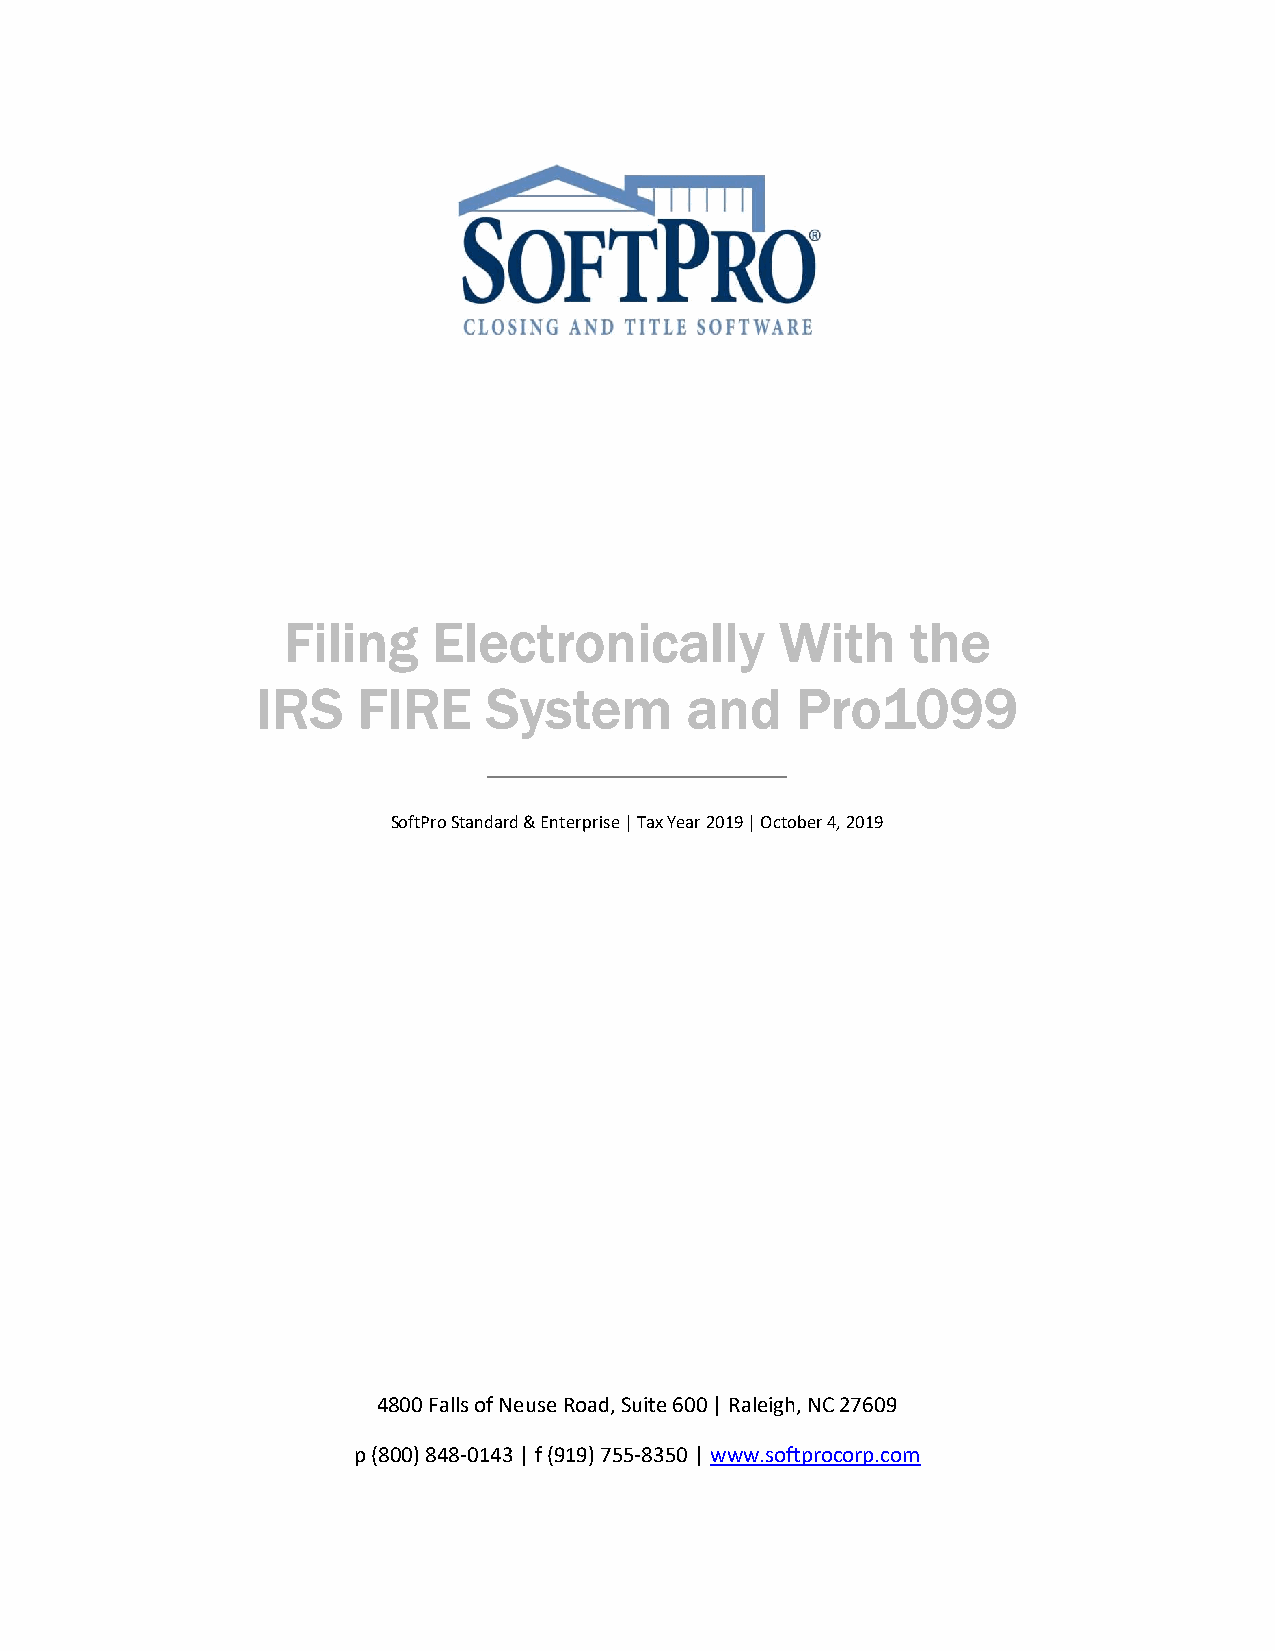
Filing    Electronically         With    the
 IRS    FIRE    System       and     Pro1099
 SoftPro Standard & Enterprise | Tax Year 2019 | October 4, 2019
 4800 Falls of Neuse Road, Suite 600 | Raleigh, NC 27609
 p (800) 848-0143 | f (919) 755-8350 | www.softprocorp.com